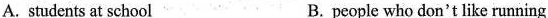
A. students at school B. people who don't like running